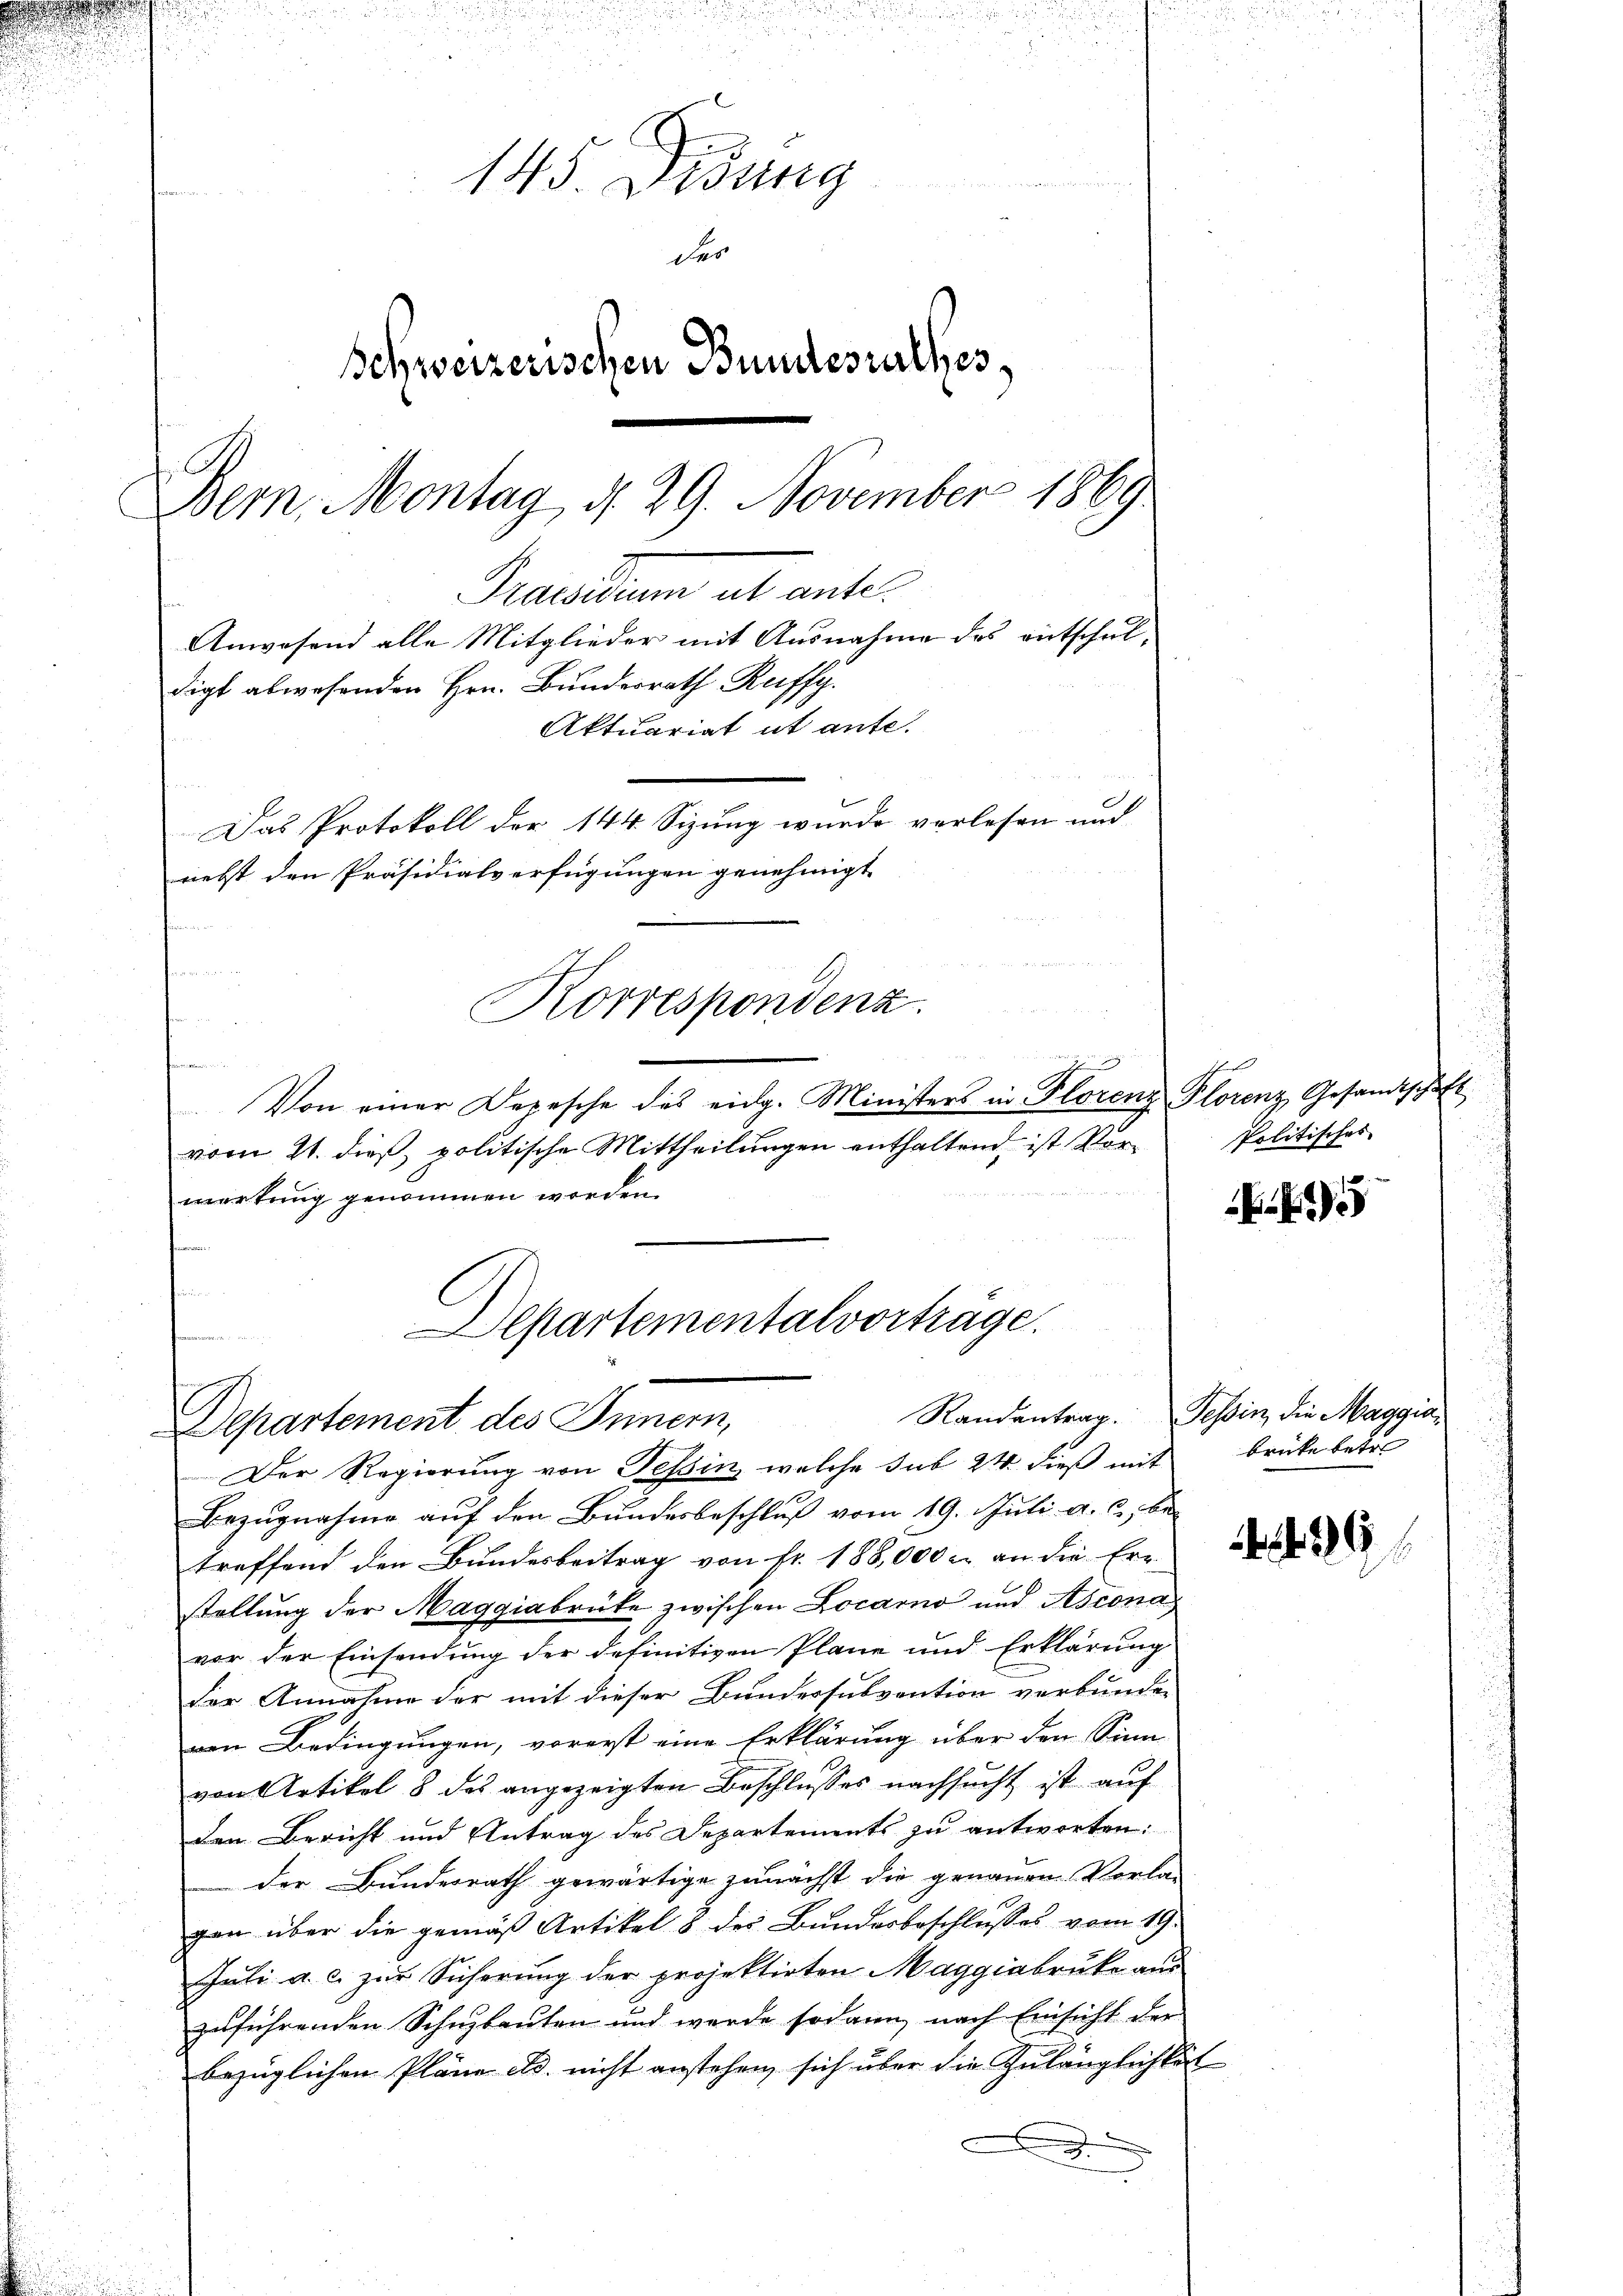
Das Protokoll der 144 Sizung wurde verlesen und
niebst den Präsidialverfügungen genehmigt

ru¬

145. Didung
des
Schweizerischen Bundesrathes,
Bern. Montag d. 29. November 1869
Precarium als ante.
Anwesend alle Mitglieder mit Ausnahme des entschuldigt abwesenden Hrn. Bunderrath Ruffy.
Aktuariat it ante.

u
Korrespondenz
t
Von einer Depesche des eidg. Ministers in Florenz Plorenz Gesandtschaft
vom 21. dieß, politische Mittheilungen enthaltend ist Vormarkung genommen worden.
Departementalvorträge.

d
Departement des Innern,

Politisches

Der Regierung von Tessin, welche sub 24 dieß mit
Bezŭgnahme auf den Bundesbeschluß vom 19. Juli a. c. be
treffend den Bŭndesbeitrag von fr. 188,000 c. an die Ern
stellung der Maggiabrüke zwischen Locarno und Ascona
vor der Einsendung der definitiven Pläne und Erklärung
der Annahme der mit dieser Bundessubvention verbunden
von Bedingungen, vorerst eine Erklärung über den Sinn
von Artikel 8 des angezeigten Beschlusses nachsucht ist auf
den Bericht und Antrag des Departements zu antworten:
der Bundesrath gewärtige zunächst die genauen Vorla-
gen über die gemäß Artikel 8 der Bundesbeschlusses vom 19.
Juli a. c. zur Sicherung der projektirten Maggiabruke aus
zuführenden Schuzbauten und werde sodann nach Einsicht der
bezüglichen Pläne ed. nicht anstehen, sich über die Zulänglichkeit

.

Randantrag. Tessin, die Maggia,
brücke betre